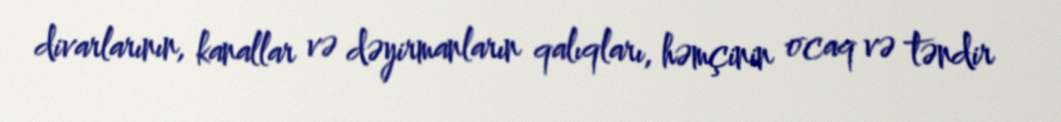
divarlarının, kanallar və dəyirmanların qalıqları, həmçinin ocaq və təndir